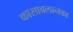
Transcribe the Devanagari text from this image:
कासाबलानका